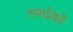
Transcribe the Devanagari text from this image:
स्पर्धको